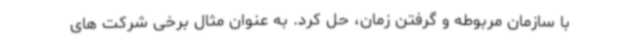
با سازمان مربوطه و گرفتن زمان، حل کرد. به عنوان مثال برخی شرکت های